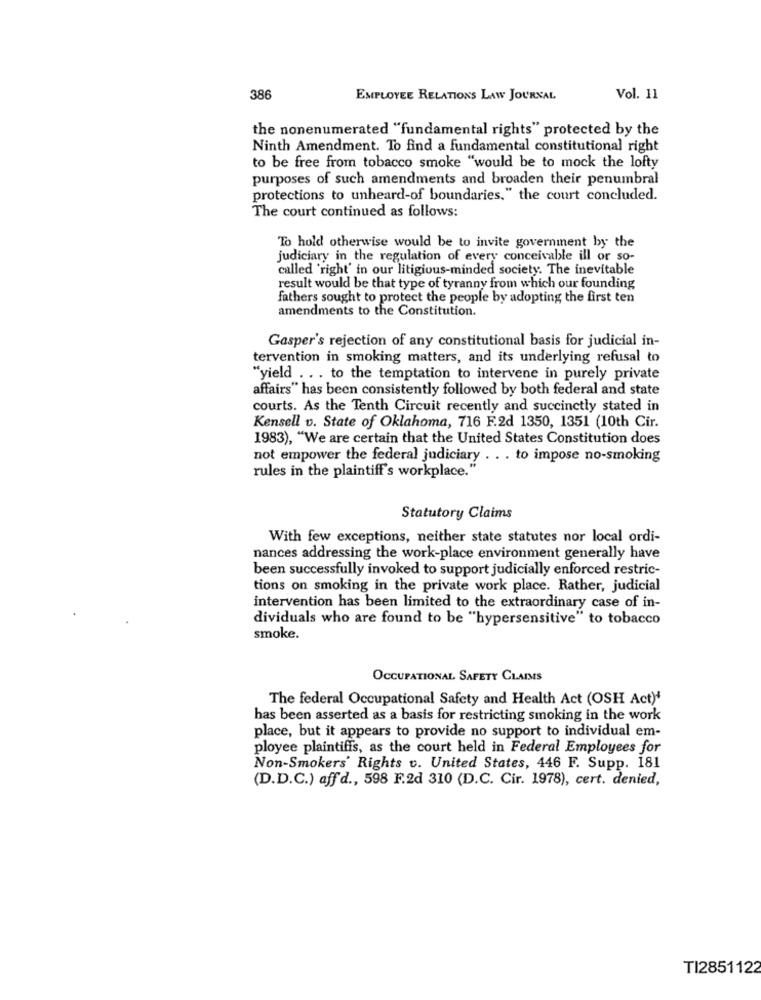
386
EMPLOYEE RELATIONS LAW JOURNAL
Vol. 11
the nonenumerated "fundamental rights" protected by the
Ninth Amendment. To find a fundamental constitutional right
to be free from tobacco smoke "would be to mock the lofty
purposes of such amendments and broaden their penumbral
protections to unheard-of boundaries," the court concluded.
The court continued as follows:
To hold otherwise would be to invite government by the
judiciary in the regulation of every conceivable ill or so-
called 'right' in our litigious-minded society. The inevitable
result would be that type of tyranny from which our founding
fathers sought to protect the people by adopting the first ten
amendments to the Constitution.
Gasper's rejection of any constitutional basis for judicial in-
tervention in smoking matters, and its underlying refusal to
"yield ... to the temptation to intervene in purely private
affairs" has been consistently followed by both federal and state
courts. As the Tenth Circuit recently and succinctly stated in
Kensell v. State of Oklahoma, 716 F.2d 1350, 1351 (10th Cir.
1983), "We are certain that the United States Constitution does
not empower the federal judiciary . . . to impose no-smoking
rules in the plaintiff's workplace."
Statutory Claims
With few exceptions, neither state statutes nor local ordi-
nances addressing the work-place environment generally have
been successfully invoked to support judicially enforced restric-
tions on smoking in the private work place. Rather, judicial
intervention has been limited to the extraordinary case of in-
dividuals who are found to be "hypersensitive" to tobacco
smoke.
OCCUPATIONAL SAFETY CLAIMS
The federal Occupational Safety and Health Act (OSH Act)'
has been asserted as a basis for restricting smoking in the work
place, but it appears to provide no support to individual em-
ployee plaintiffs, as the court held in Federal Employees for
Non-Smokers' Rights v. United States, 446 F. Supp. 181
(D.D.C.) aff d ., 598 F.2d 310 (D.C. Cir. 1978), cert. denied,
TI2851122